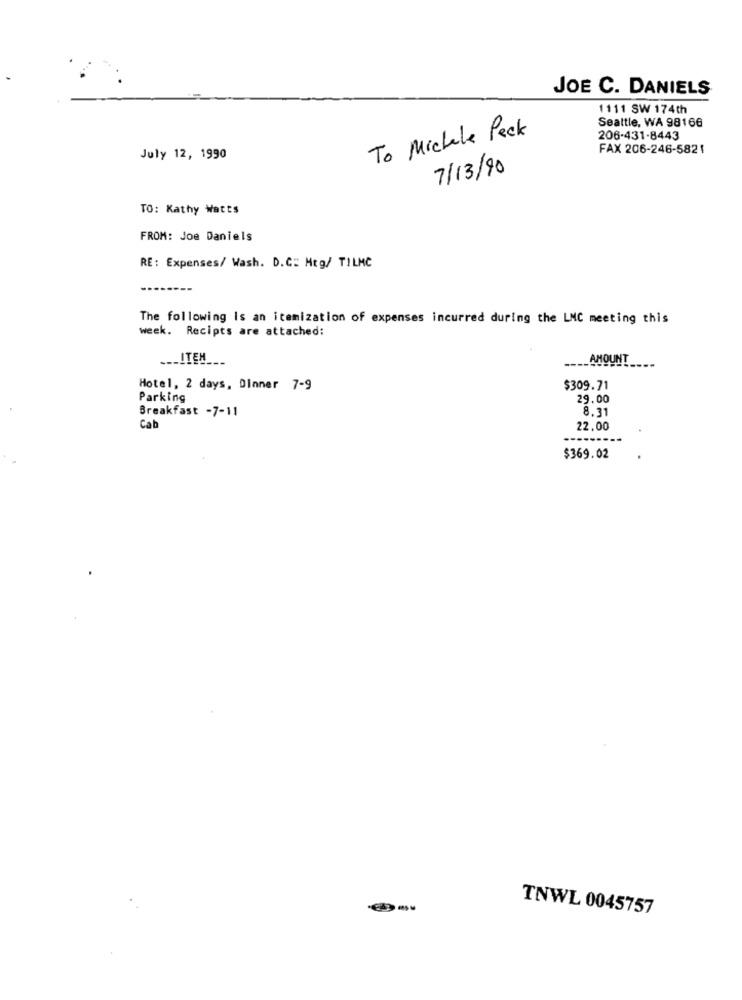
JOE C. DANIELS
1111 SW 174th
Seattle, WA 98166
To Michele Peck
206-431-8443
FAX 206-246-5821
July 12, 1990
7/13/90
TO: Kathy Watts
FROM: Joe Daniels
RE: Expenses/ Wash. D.C: Mtg/ TILMC
The following Is an itemization of expenses incurred during the LNC meeting this
week. Recipts are attached:
___ ITEN
_AMOUNT
Hotel, 2 days, Dinner 7-9
$309.71
Parking
29.00
Breakfast -7-11
8.31
Cab
22.00
$369.02
TNWL 0045757